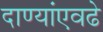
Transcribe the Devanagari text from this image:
दाण्यांएवढे